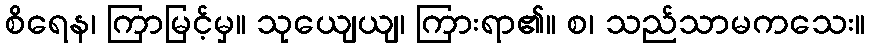
စိရေန၊ ကြာမြင့်မှ။ သုယျေယျ၊ ကြားရာ၏။ စ၊ သည်သာမကသေး။